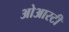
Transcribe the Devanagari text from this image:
ओआरटी